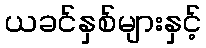
ယခင်နှစ်များနှင့်